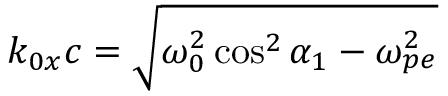
k _ { 0 x } c = \sqrt { \omega _ { 0 } ^ { 2 } \cos ^ { 2 } \alpha _ { 1 } - \omega _ { p e } ^ { 2 } }